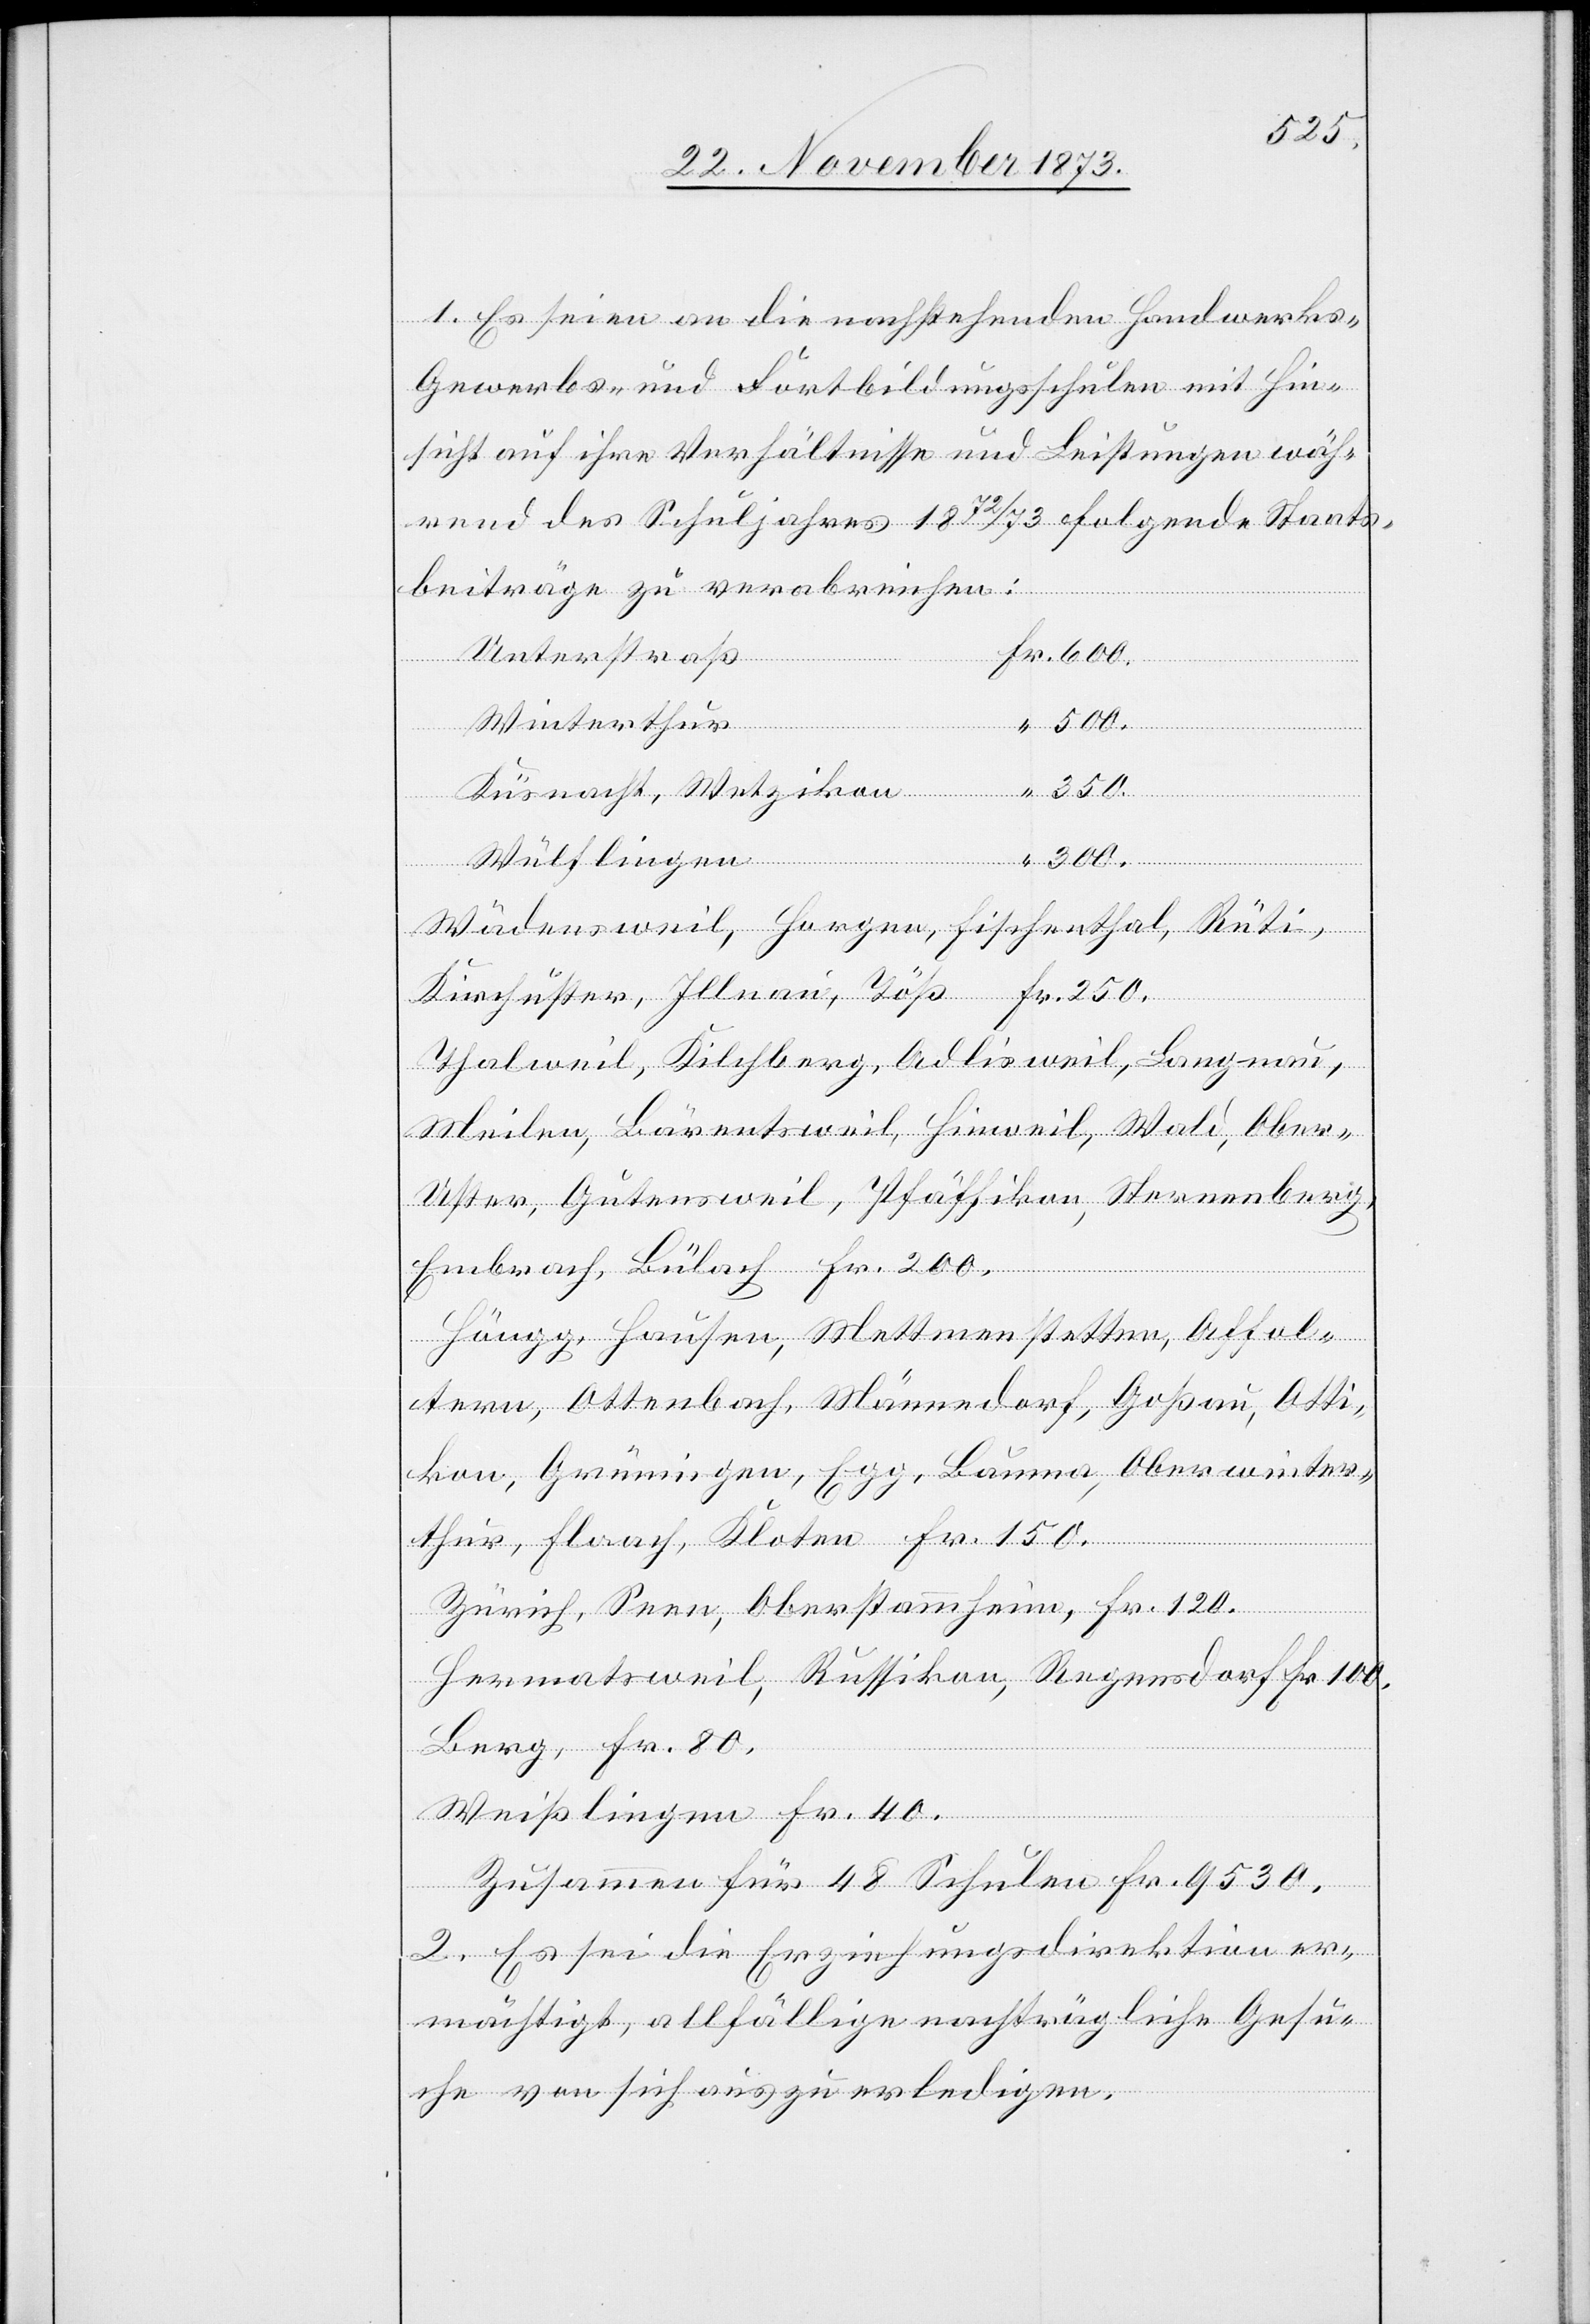
1. Es seien an die nachstehenden Handwerks-
Gewerbs- und Fortbildungsschulen mit Hin¬
sicht auf ihre Verhältnisse und Leistungen wäh¬
rend des Schuljahres 1872/73 folgende Staats¬
beiträge zu verabreichen:
Unterstraß
Winterthur
250.
“
Küsnacht, Wetzikon
Wädensweil, Horgen, Fischenthal,
Thalweil, Kilchberg, Adlisweil, Langnau,
Meilen, Bärentsweil, Hinweil, Wald, Ober-U¬
ster, Gutensweil, Pfäffikon, Sternenberg,
Embrach, Bülach Fr. 200.
Höngg, Hausen, Mettmenstetten, Affol¬
tern, Ottenbach, Männedorf, Goßau, Otti¬
kon, Grüningen, Egg, Bauma, Oberwinter¬
thur, Flaach, Kloten Fr. 150.
Zürich, Seen, Oberstammheim, Fr. 120.
Hermatsweil, Russikon, Regensdorf Fr. 100,
Berg, Fr. 80.
Weißlingen Fr. 40.
Zusammen für 48 Schulen Fr. 9 530.
2. Es sei die Erziehungsdirektion er¬
mächtigt, allfällige nachträgliche Gesu¬
che von sich aus zu erledigen.